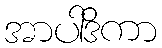
အာပါဒိကာ